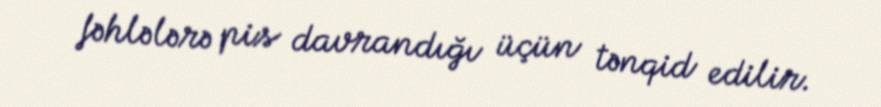
fəhlələrə pis davrandığı üçün tənqid edilir.